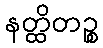
နတ္ထိတဉ္စ